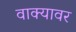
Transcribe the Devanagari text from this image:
वाक्यावर